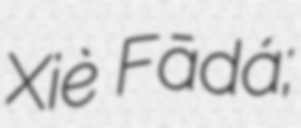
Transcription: Xiè Fādá;